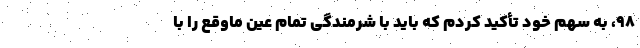
۹۸، به سهم خود تأکید کردم که باید با شرمندگی تمام عین ماوقع را با